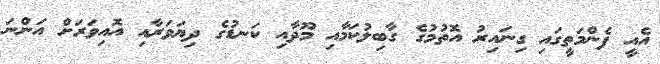
އެއީ ފެންމަތީގައި ގިނައިރު އޮތުމުގެ ގާބިލުކަމާއި މޫދާއި ކަނޑުގެ ދިޔަވަރާއި އޮއިވަރަށް އަންނަ